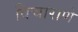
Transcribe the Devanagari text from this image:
विचाराणे